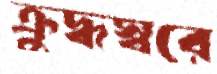
ক্রুদ্ধস্বরে